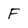
Character: F